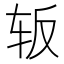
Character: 𰹺